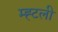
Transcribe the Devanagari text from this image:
म्ह्टली